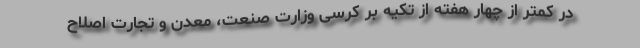
در کمتر از چهار هفته از تکیه بر کرسی وزارت صنعت، معدن و تجارت اصلاح